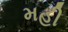
મહી